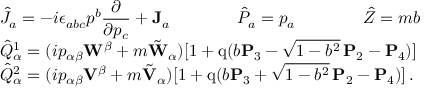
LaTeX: \begin{array} { l } { { \displaystyle \hat { \cal J } _ { a } = - i \epsilon _ { a b c } p ^ { b } \frac \partial { \partial p _ { c } } + { \bf J } _ { a } \qquad \qquad \hat { \cal P } _ { a } = p _ { a } \qquad \qquad \hat { \cal Z } = m b } } \\ { { \displaystyle \hat { \cal Q } _ { \alpha } ^ { 1 } = ( i p _ { \alpha \beta } { \bf W } ^ { \beta } + m \tilde { \bf W } _ { \alpha } ) [ 1 + \mathrm { q } ( b { \bf P } _ { 3 } - \sqrt { 1 - b ^ { 2 } } \, { \bf P } _ { 2 } - { \bf P } _ { 4 } ) ] } } \\ { { \displaystyle \hat { \cal Q } _ { \alpha } ^ { 2 } = ( i p _ { \alpha \beta } { \bf V } ^ { \beta } + m \tilde { \bf V } _ { \alpha } ) [ 1 + \mathrm { q } ( b { \bf P } _ { 3 } + \sqrt { 1 - b ^ { 2 } } \, { \bf P } _ { 2 } - { \bf P } _ { 4 } ) ] \, . } } \end{array}